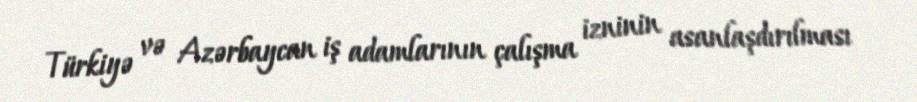
Türkiyə və Azərbaycan iş adamlarının çalışma izninin asanlaşdırılması